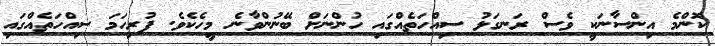
ކޮންމެ އިންސާނަކީ ވެސް ރަނގަޅު ސިއްހަތެއްގައި ހުންނަށް ބޭނުންވާނެ މީހެކެވެ. ފުރިހަމަ ސިއްހަތެއްގައި